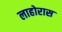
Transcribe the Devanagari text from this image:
लाहोरास